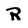
Character: R